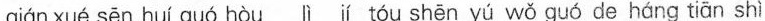
qánxué sēn hui guú húu tèu shēn yú wě guó do hong tiūn shi